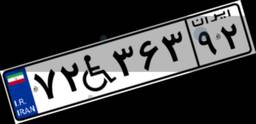
۴۰W۵۰۳۷۴